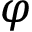
\varphi